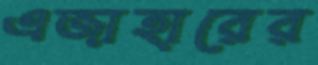
এজাহারের